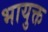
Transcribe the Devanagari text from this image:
भायुक्त